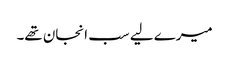
میرے لیے سب انجان تھے۔